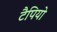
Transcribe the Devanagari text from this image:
टैपियो